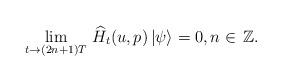
LaTeX: \begin{align*}\lim_{t\to (2n+1)T}\, \widehat{H}_t(u,p)\,|\psi\rangle=0,n\in\,\mathbb{Z}.\end{align*}